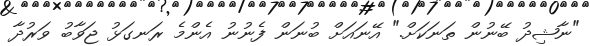
"ނާޝިދު ބޭނުން ތަނަކަށް." އޭނައަށް ބުނަން ފެނުނު އެންމެ ރަނގަޅު ޖަވާބު ވަރުދާ